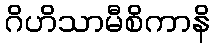
ဂိဟိသာမီစိကာနိ